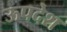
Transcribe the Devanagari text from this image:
ऊपदेश